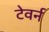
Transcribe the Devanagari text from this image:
टेवर्न